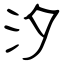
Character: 汐